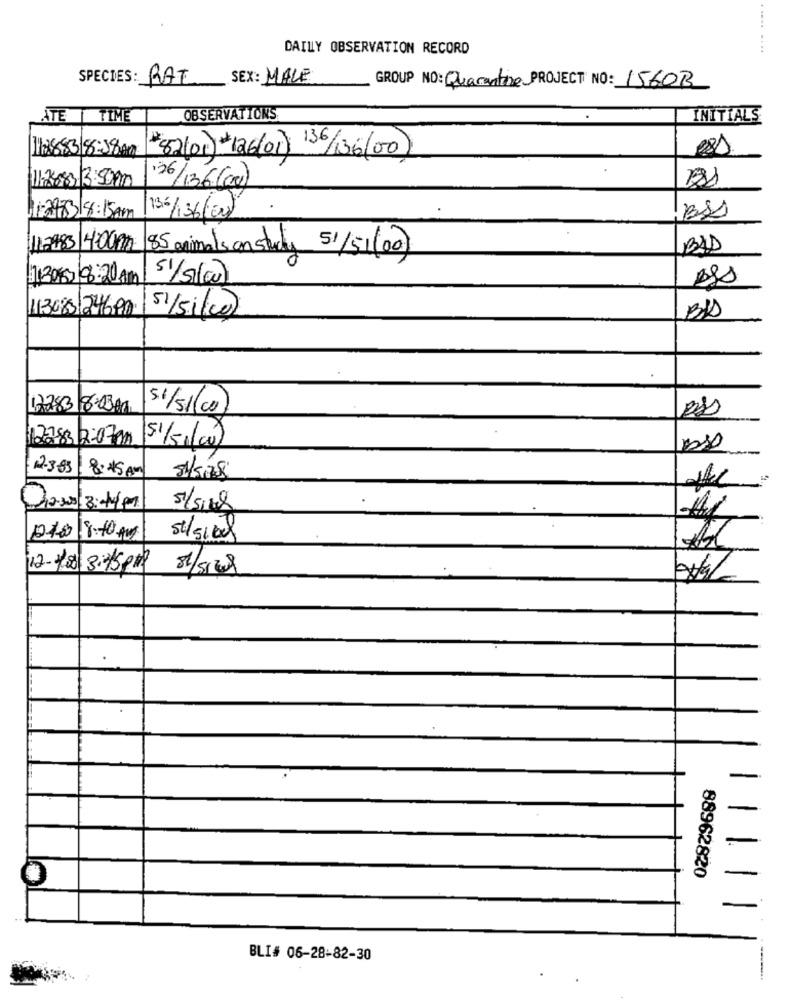
DAILY OBSERVATION RECORD
. .... ....
SPECIES: RAT
SEX: MALE
GROUP NO: Quarantine PROJECT NO: 1560B
ATE | TIME
OBSERVATIONS
INITIALS
12883/8:38Am
#82/01) 126/01 /36(00)
126/1366000
Bss
1:297318:15 Am
136/136(20)
1.983/4-001
85 animals an study 51/51 (00)
BAD
11:30 8:20 Am
Ass
1130851246,90
51/51/00)
17283 8-0300
51/5/10
2783 12:07 am
51/51(cu)
2.3.83
8:45 AM
12:30/3:499
12-1los 3:15 pm
81/5/208
88962820
BLI# 06-28-82-30
---